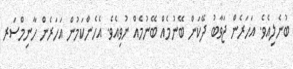
ބުނެލިއެވެ. އަހަރެން ޖަވާބު ދޭކަން ބޭނުމެއް ބޭނުމެއް ނުވިއެވެ. އެހެންކަމުން އަހަރެން ހާނިމްސަރ